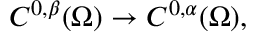
C ^ { 0 , \beta } ( \Omega ) \to C ^ { 0 , \alpha } ( \Omega ) ,